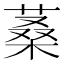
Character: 𦶿